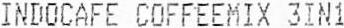
INDOCAFE COFFEEMIX 3IN1